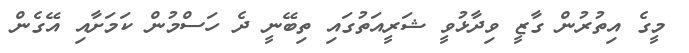
މީގެ އިތުރުން ގާޒީ ވިދާޅުވީ ޝަރީއަތުގައި ތިބޭނީ ދެ ހަސްމުން ކަމަށާއި އޭގެން